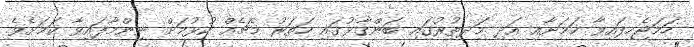
ހަމަޖެހިފައިވާ ކަމަށާއި އަދި މިަދތުރުގައި ބަންގާޅުގައި ހަތަރު މެޗެއް ކުޅުމަށް ނިންމާފައިވާ ކަމަށެވެ.